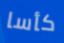
كأسا